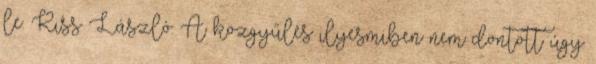
le. Kiss László: A közgyűlés ilyesmiben nem döntött úgy